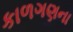
કાળગણના